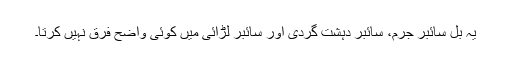
یہ بل سائبر جرم، سائبر دہشت گردی اور سائبر لڑائی میں کوئی واضح فرق نہیں کرتا۔